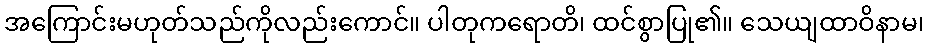
အကြောင်းမဟုတ်သည်ကိုလည်းကောင်။ ပါတုကရောတိ၊ ထင်စွာပြု၏။ သေယျထာဝိနာမ၊